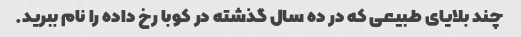
چند بلایای طبیعی که در ده سال گذشته در کوبا رخ داده را نام ببرید.